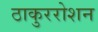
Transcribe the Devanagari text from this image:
ठाकुररोशन